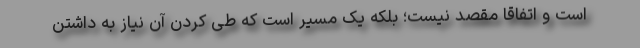
است و اتفاقا مقصد نیست؛ بلکه یک مسیر است که طی کردن آن نیاز به داشتن